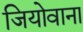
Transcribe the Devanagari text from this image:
जियोवाना